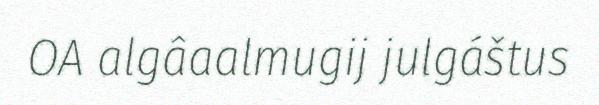
OA algâaalmugij julgáštus